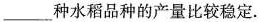
___种水稻品种的产量比较稳定.